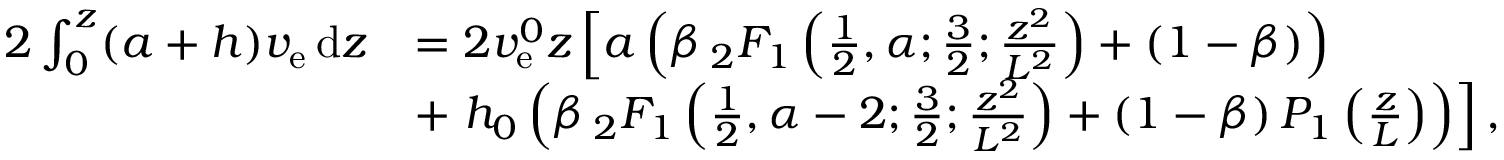
\begin{array} { r l } { 2 \int _ { 0 } ^ { z } ( a + h ) v _ { \mathrm { e } } \, \mathrm { d } z } & { = 2 v _ { \mathrm { e } } ^ { 0 } z \left[ a \left( \beta \, _ { 2 } F _ { 1 } \left( \frac { 1 } { 2 } , \alpha ; \frac { 3 } { 2 } ; \frac { z ^ { 2 } } { L ^ { 2 } } \right) + ( 1 - \beta ) \right) \right. } \\ & { + \left. h _ { 0 } \left( \beta \, _ { 2 } F _ { 1 } \left( \frac { 1 } { 2 } , \alpha - 2 ; \frac { 3 } { 2 } ; \frac { z ^ { 2 } } { L ^ { 2 } } \right) + ( 1 - \beta ) \, { \cal P } _ { 1 } \left( \frac { z } { L } \right) \right) \right] , } \end{array}